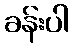
ခန်းပါ